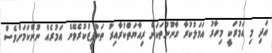
އަދި މި އަމުރަކީ މިހާރު އަމަލުކުރާ ގާނޫނުތަކަށް ރިއާޔަތްކުރާއިރު ތަންފީޒުކުރެވޭނެ އަމުރެއް ނޫންކަމަށްވެސް